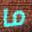
ما